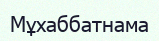
Мұхаббатнама